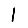
Digit: 1